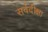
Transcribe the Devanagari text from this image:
सर्वदीक्षा